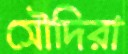
সৌদিরা